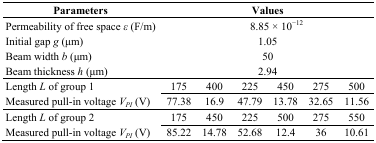
| Parameters | <COLSPAN=6> Values |
 | --- | --- | --- | --- | --- | --- | --- |
 | Permeability of free space ε (F/m) | <COLSPAN=6> 8.85 × 10−12 |
 | Initial gap g (μm) | <COLSPAN=6> 1.05 |
 | Beam width b (μm) | <COLSPAN=6> 50 |
 | Beam thickness h (μm) | <COLSPAN=6> 2.94 |
 | Length L of group 1 | 175 | 400 | 225 | 450 | 275 | 500 |
 | Measured pull-in voltage VPI (V) | 77.38 | 16.9 | 47.79 | 13.78 | 32.65 | 11.56 |
 | Length L of group 2 | 175 | 450 | 225 | 500 | 275 | 550 |
 | Measured pull-in voltage VPI (V) | 85.22 | 14.78 | 52.68 | 12.4 | 36 | 10.61 |